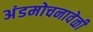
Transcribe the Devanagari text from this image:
अंडमोचनावेळी